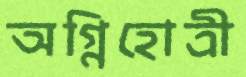
অগ্নিহোত্রী